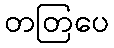
တတြပေ